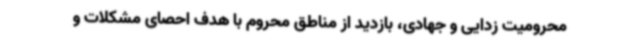
محرومیت زدایی و جهادی، بازدید از مناطق محروم با هدف احصای مشکلات و